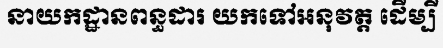
នាយកដ្ឋានពន្ធដារ យកទៅអនុវត្ត ដើម្បី